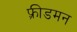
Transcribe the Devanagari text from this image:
फ़्रीडमन